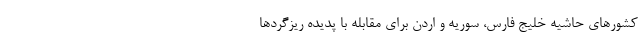
کشورهای حاشیه خلیج فارس، سوریه و اردن برای مقابله با پدیده ریزگردها